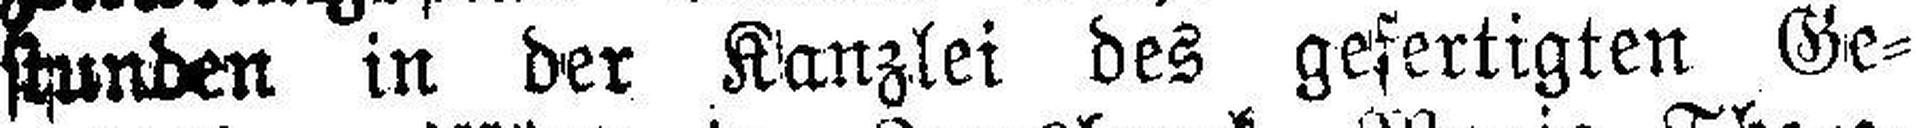
stunden in der Kanzlei des gefertigten Ge¬